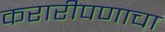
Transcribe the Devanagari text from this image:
करारीपणाचा